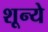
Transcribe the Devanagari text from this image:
शून्ये